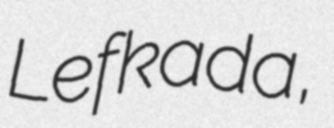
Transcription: Lefkada,